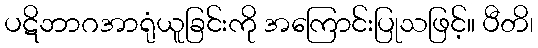
ပဋိဘာဂအာရုံယူခြင်းကို အကြောင်းပြုသဖြင့်။ ပီတိ၊